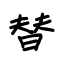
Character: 替